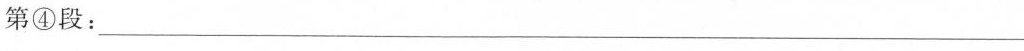
第④段：___